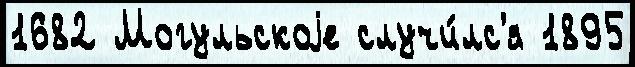
1682 Могульскоjе случи́лс'я 1895